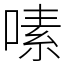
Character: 嗉